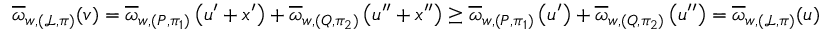
\overline { { \omega } } _ { w , ( \mathcal { L } , \pi ) } ( \boldsymbol { v } ) = \overline { { \omega } } _ { w , ( P , \pi _ { 1 } ) } \left( \boldsymbol { u ^ { \prime } } + \boldsymbol { x ^ { \prime } } \right) + \overline { { \omega } } _ { w , ( Q , \pi _ { 2 } ) } \left( \boldsymbol { u ^ { \prime \prime } } + \boldsymbol { x ^ { \prime \prime } } \right) \geq \overline { { \omega } } _ { w , ( P , \pi _ { 1 } ) } \left( \boldsymbol { u ^ { \prime } } \right) + \overline { { \omega } } _ { w , ( Q , \pi _ { 2 } ) } \left( \boldsymbol { u ^ { \prime \prime } } \right) = \overline { { \omega } } _ { w , ( \mathcal { L } , \pi ) } ( \boldsymbol { u } )